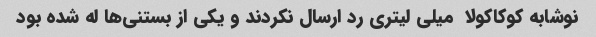
نوشابه کوکاکولا  میلی لیتری رد ارسال نکردند و یکی از بستنی‌ها له شده بود